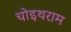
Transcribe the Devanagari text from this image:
चोइथराम